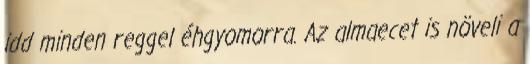
idd minden reggel éhgyomorra. Az almaecet is növeli a